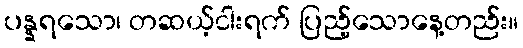
ပန္နရသော၊ တဆယ့်ငါးရက် ပြည့်သောနေ့တည်း။